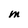
Character: M